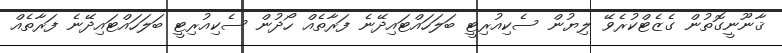
ޤާނޫނީގޮތުން ގެޒެޓްކުރެވޭ ލިޔުން ސެކިއުރިޓީ ބަލަހައްޓައިދޭނެ ފަރާތެއް ހޯދުން ސެކިއުރިޓީ ބަލަހައްޓައިދޭނެ ފަރާތެއް